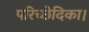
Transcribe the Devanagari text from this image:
परिच्छेदिका।